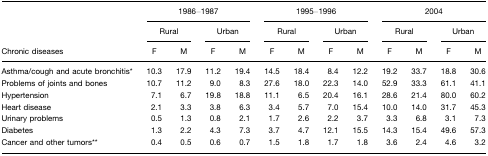
<table><thead><tr><td>[EMPTY_CELL]</td><td colspan="4"><b>1986–1987</b></td><td colspan="4"><b>1995–1996</b></td><td colspan="4"><b>2004</b></td></tr><tr><td>[EMPTY_CELL]</td><td colspan="2"><b>Rural</b></td><td colspan="2"><b>Urban</b></td><td colspan="2"><b>Rural</b></td><td colspan="2"><b>Urban</b></td><td colspan="2"><b>Rural</b></td><td colspan="2"><b>Urban</b></td></tr><tr><td><b>Chronic diseases</b></td><td><b>F</b></td><td><b>M</b></td><td><b>F</b></td><td><b>M</b></td><td><b>F</b></td><td><b>M</b></td><td><b>F</b></td><td><b>M</b></td><td><b>F</b></td><td><b>M</b></td><td><b>F</b></td><td><b>M</b></td></tr></thead><tbody><tr><td>Asthma/cough and acute bronchitis*</td><td>10.3</td><td>17.9</td><td>11.2</td><td>19.4</td><td>14.5</td><td>18.4</td><td>8.4</td><td>12.2</td><td>19.2</td><td>33.7</td><td>18.8</td><td>30.6</td></tr><tr><td>Problems of joints and bones</td><td>10.7</td><td>11.2</td><td>9.0</td><td>8.3</td><td>27.6</td><td>18.0</td><td>22.3</td><td>14.0</td><td>52.9</td><td>33.3</td><td>61.1</td><td>41.1</td></tr><tr><td>Hypertension</td><td>7.1</td><td>6.7</td><td>19.8</td><td>18.8</td><td>11.1</td><td>6.5</td><td>20.4</td><td>16.1</td><td>28.6</td><td>21.4</td><td>80.0</td><td>60.2</td></tr><tr><td>Heart disease</td><td>2.1</td><td>3.3</td><td>3.8</td><td>6.3</td><td>3.4</td><td>5.7</td><td>7.0</td><td>15.4</td><td>10.0</td><td>14.0</td><td>31.7</td><td>45.3</td></tr><tr><td>Urinary problems</td><td>0.5</td><td>1.3</td><td>0.8</td><td>2.1</td><td>1.7</td><td>2.6</td><td>2.2</td><td>3.7</td><td>3.3</td><td>6.8</td><td>3.1</td><td>7.3</td></tr><tr><td>Diabetes</td><td>1.3</td><td>2.2</td><td>4.3</td><td>7.3</td><td>3.7</td><td>4.7</td><td>12.1</td><td>15.5</td><td>14.3</td><td>15.4</td><td>49.6</td><td>57.3</td></tr><tr><td>Cancer and other tumors**</td><td>0.4</td><td>0.5</td><td>0.6</td><td>0.7</td><td>1.5</td><td>1.8</td><td>1.7</td><td>1.8</td><td>3.6</td><td>2.4</td><td>4.6</td><td>3.2</td></tr></tbody></table>